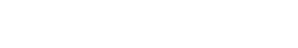
ဟုတ်တယ်၊ အလေးပြုဖို့လည်း ပါတယ်။